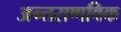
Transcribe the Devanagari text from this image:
अन्तराणविक